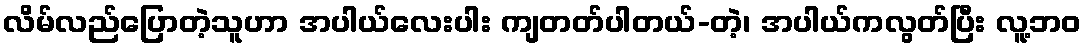
လိမ်လည်ပြောတဲ့သူဟာ အပါယ်လေးပါး ကျတတ်ပါတယ်-တဲ့၊ အပါယ်ကလွတ်ပြီး လူ့ဘဝ